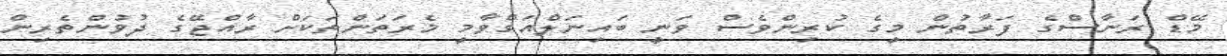
މޭޑް ރަނާސްގެ ފަރާތުން މީގެ ކުރިންވެސް ވަނީ ބައިނަލްއަގްވާމީ މެރަތަންތަކަށް ރާއްޖޭގެ ދުވުންތެރިން